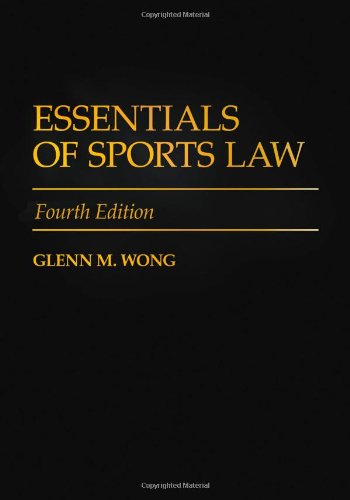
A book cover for Essentials of Sports Law; Glenn M. Wong; Law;